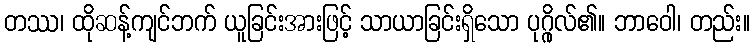
တဿ၊ ထိုဆန့်ကျင်ဘက် ယူခြင်းအားဖြင့် သာယာခြင်းရှိသော ပုဂ္ဂိုလ်၏။ ဘာဝေါ၊ တည်း။